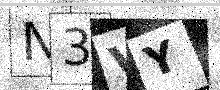
Text: N3VY